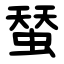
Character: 蝅